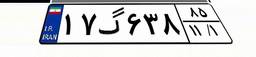
۸۴گ۰۹۶۴۳